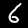
Digit: 6